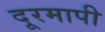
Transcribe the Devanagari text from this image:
दूरमापी